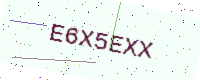
Text: E6X5EXX